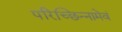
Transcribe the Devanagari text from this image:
परिच्छिन्नामेवं